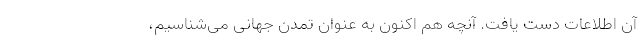
آن اطلاعات دست یافت. آنچه هم اکنون به عنوان تمدن جهانی می‌شناسیم،